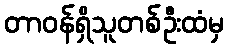
တာဝန်ရှိသူတစ်ဦးထံမှ